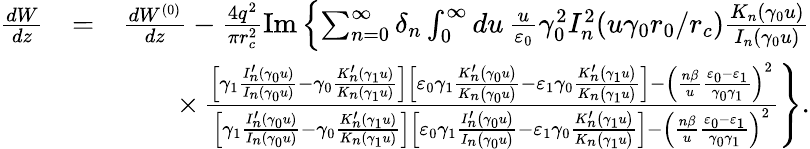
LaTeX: \begin{array}{rlr}{\frac{dW}{dz}}&{=}&{\frac{dW^{(0)}}{dz}-\frac{4q^{2}}{\pi r_{c}^{2}}\mathrm{Im}\left\{ \sum_{n=0}^{\infty}\delta_{n}\int_{0}^{\infty}du\, \frac{u}{\varepsilon_{0}}\gamma_{0}^{2}I_{n}^{2}(u\gamma_{0}r_{0}/r_{c})\frac{K_{n}(\gamma_{0}u)}{I_{n}(\gamma_{0}u)}\right.}\\ &{}&{\times\left.\frac{\left[\gamma_{1}\frac{I_{n}^{\prime}(\gamma_{0}u)}{I_{n}(\gamma_{0}u)}-\gamma_{0}\frac{K_{n}^{\prime}(\gamma_{1}u)}{K_{n}(\gamma_{1}u)}\right]\left[\varepsilon_{0}\gamma_{1}\frac{K_{n}^{\prime}\left(\gamma_{0}u\right)}{K_{n}\left(\gamma_{0}u\right)}-\varepsilon_{1}\gamma_{0}\frac{K_{n}^{\prime}\left(\gamma_{1}u\right)}{K_{n}\left(\gamma_{1}u\right)}\right]-\left(\frac{n\beta}{u}\frac{\varepsilon_{0}-\varepsilon_{1}}{\gamma_{0}\gamma_{1}}\right)^{2}}{\left[\gamma_{1}\frac{I_{n}^{\prime}(\gamma_{0}u)}{I_{n}(\gamma_{0}u)}-\gamma_{0}\frac{K_{n}^{\prime}(\gamma_{1}u)}{K_{n}(\gamma_{1}u)}\right]\left[\varepsilon_{0}\gamma_{1}\frac{I_{n}^{\prime}\left(\gamma_{0}u\right)}{I_{n}\left(\gamma_{0}u\right)}-\varepsilon_{1}\gamma_{0}\frac{K_{n}^{\prime}\left(\gamma_{1}u\right)}{K_{n}\left(\gamma_{1}u\right)}\right]-\left(\frac{n\beta}{u}\frac{\varepsilon_{0}-\varepsilon_{1}}{\gamma_{0}\gamma_{1}}\right)^{2}}\right\} .}\end{array}